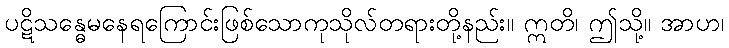
ပဋိသန္ဓေမနေရကြောင်းဖြစ်သောကုသိုလ်တရားတို့နည်း။ ဣတိ၊ ဤသို့။ အာဟ၊